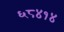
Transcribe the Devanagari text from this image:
६८४१४